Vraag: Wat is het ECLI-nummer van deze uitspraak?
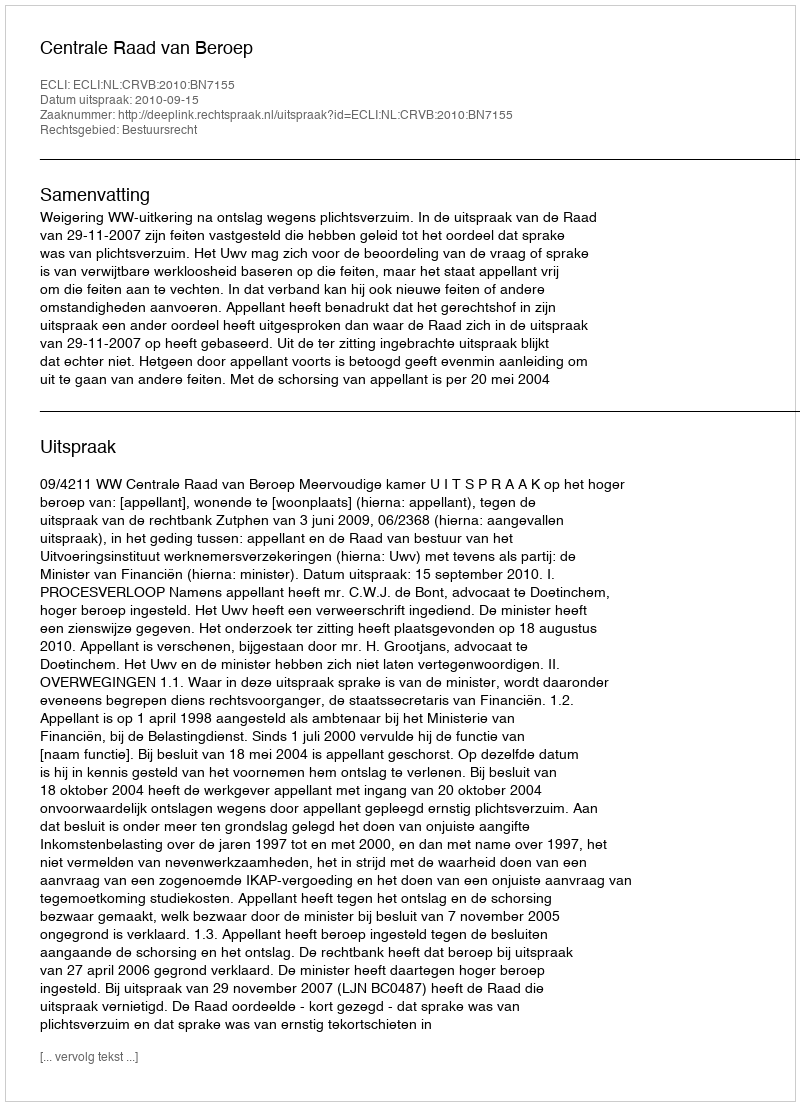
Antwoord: ECLI:NL:CRVB:2010:BN7155